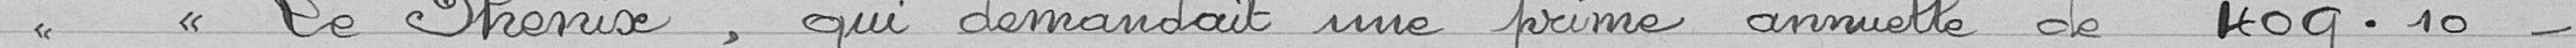
"le Phénix, qui demandait une prime annuelle de 409,10 francs.